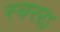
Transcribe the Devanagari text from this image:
स्वररऽ